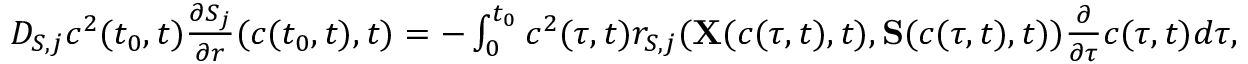
\begin{array} { r } { D _ { S , j } c ^ { 2 } ( t _ { 0 } , t ) \frac { \partial S _ { j } } { \partial r } ( c ( t _ { 0 } , t ) , t ) = - \int _ { 0 } ^ { t _ { 0 } } c ^ { 2 } ( \tau , t ) r _ { S , j } ( { { \bf X } ( c ( \tau , t ) , t ) } , { { \bf S } } ( c ( \tau , t ) , t ) ) \frac { \partial } { \partial \tau } c ( \tau , t ) d \tau , } \end{array}